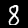
Label: 8